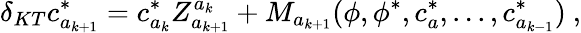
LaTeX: \delta_{KT}c_{a_{k+1}}^{*}=c_{a_{k}}^{*}Z_{a_{k+1}}^{a_{k}}+M_{a_{k+1}}(\phi,\phi^{*},c_{a}^{*},...,c_{a_{k-1}}^{*})\ ,